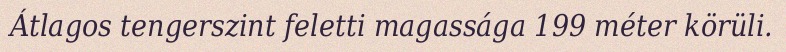
Átlagos tengerszint feletti magassága 199 méter körüli.